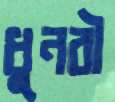
ধুনরী